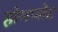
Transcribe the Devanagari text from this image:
होमप्लेट